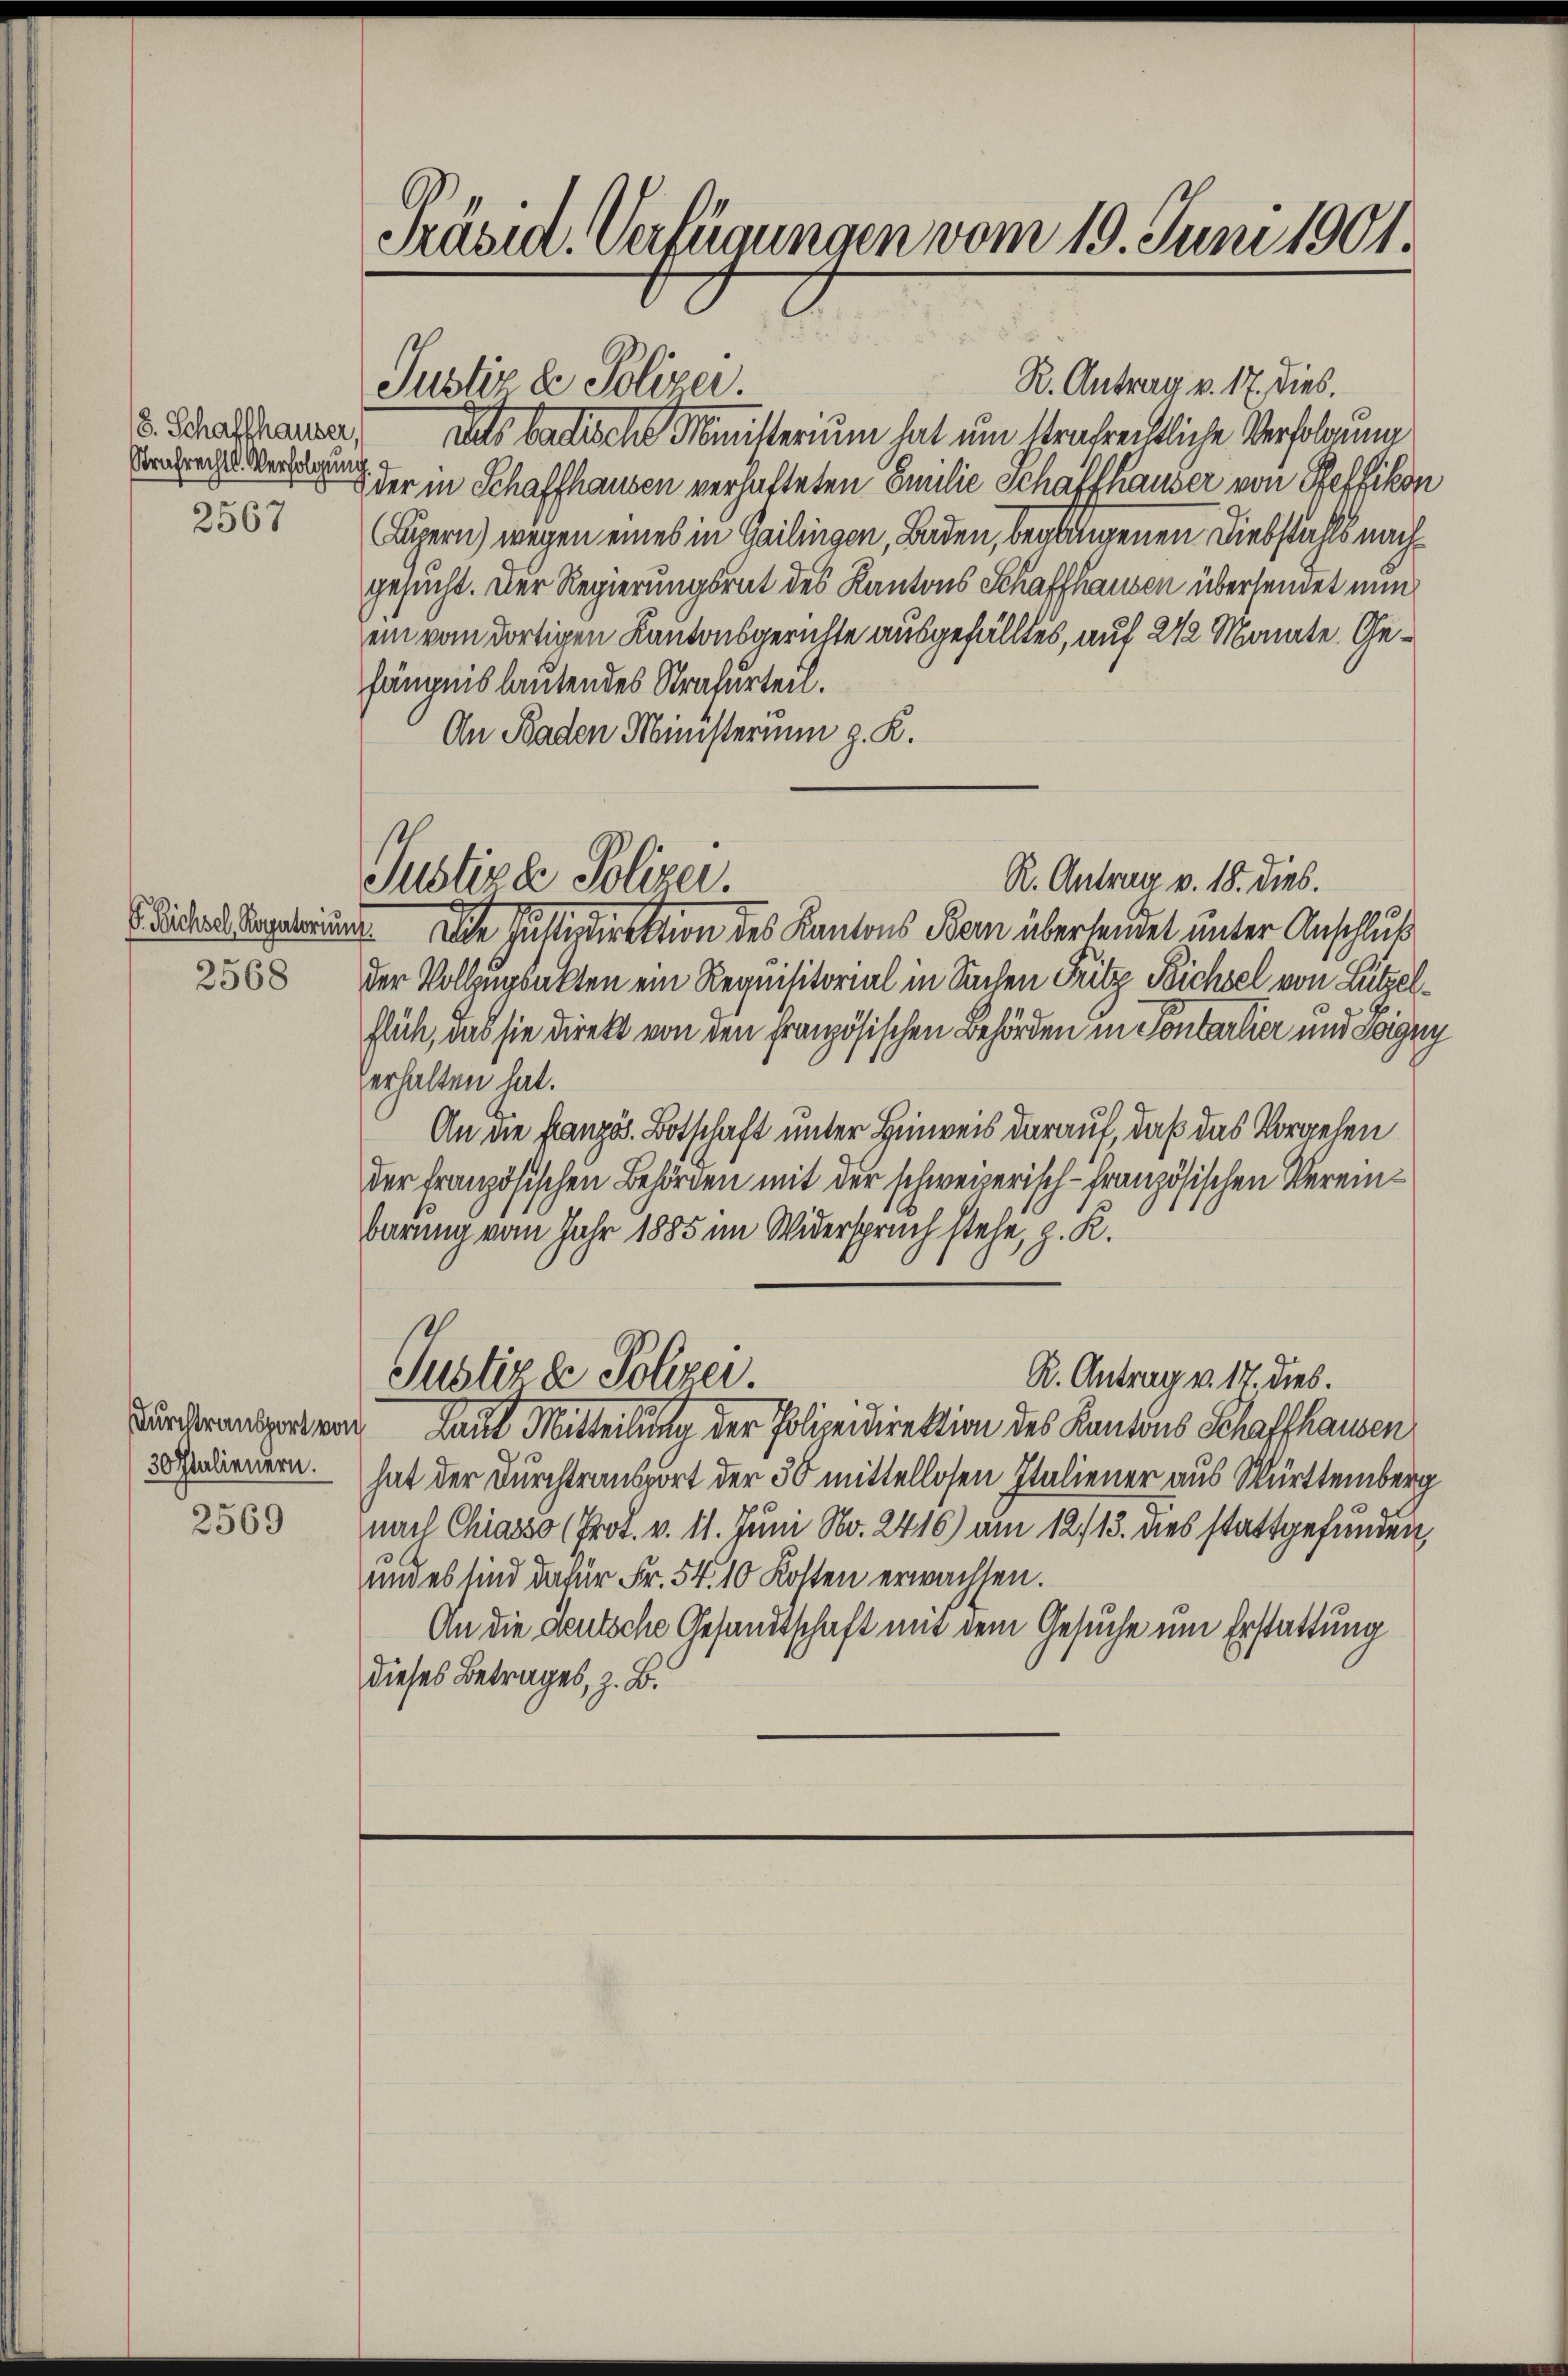
18. Schaffhauser,
Strafrechts. Verfolgung
2567

P. Bichsel, Rogatorium
2568

Durchtransport von
30 Italienern.
2569

Prasia. Verfügungen vom 19. Juni 1901.

Justiz & Polizei.

Justiz & Polizei.

R. Antrag v. 17. dies.
dats badische Ministerium hat um strafentliche Verfolgung
der in Schaffhausen verhafteten Emilie Schaffhauser von Steffikon
Luzern) wegen eines in Gailingen, Baden, beglingenen Diebstahls nachgesucht. Der Regierungsrat des Kantons Schaffhausen übersendet nun
ein vom dortigen Kantonsgerichte ausgefälltes, auf 24 Mannte Gefängnis lautendes Strafurteil.
An Baden Ministerium z. K.
 Die Justindirektion des Kantons Bann überlendet unter Anschluß
der Vollzugsakten ein Requisitorial in Sachen Fritz Reichsel von Lützelflich, das sie direkt von den französischen Behörden in Sontartier und Signy
erhalten hat.
An die französ. Botschaft unter Hinweis darauf, daß das Vorgehen
der Französischen Behörden mit der schweizerisch-französischen Vereinbarung vom Jahr 1885 im Widerspruch stehe, z. R.
Justizde Polzer.
R. Antrag v. 17. dies.
Laut Mitteilung der Polizeidirektion des Kantons Schaffhausen
hat der Durchtransport der 30 mittellosen Italiener aus Württemberg
nach Chiasso (Prot. v. 11. Juni No. 2416) am 12./13. dies stattgefunden,
und es sind dafür Fr. 54. 10 Kosten erwachsen.
An die deutsche Gesandtschaft mit dem Gesuche um Erstattung
dieses Betrages, z. B.

R. Antrag v. 18. dies.